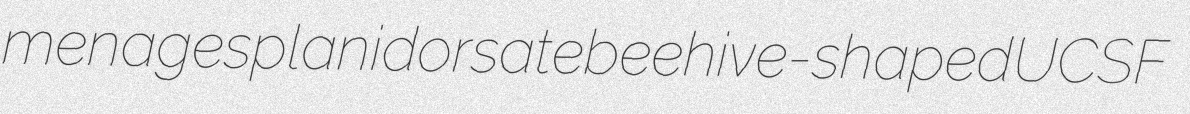
menages planidorsate beehive-shaped UCSF